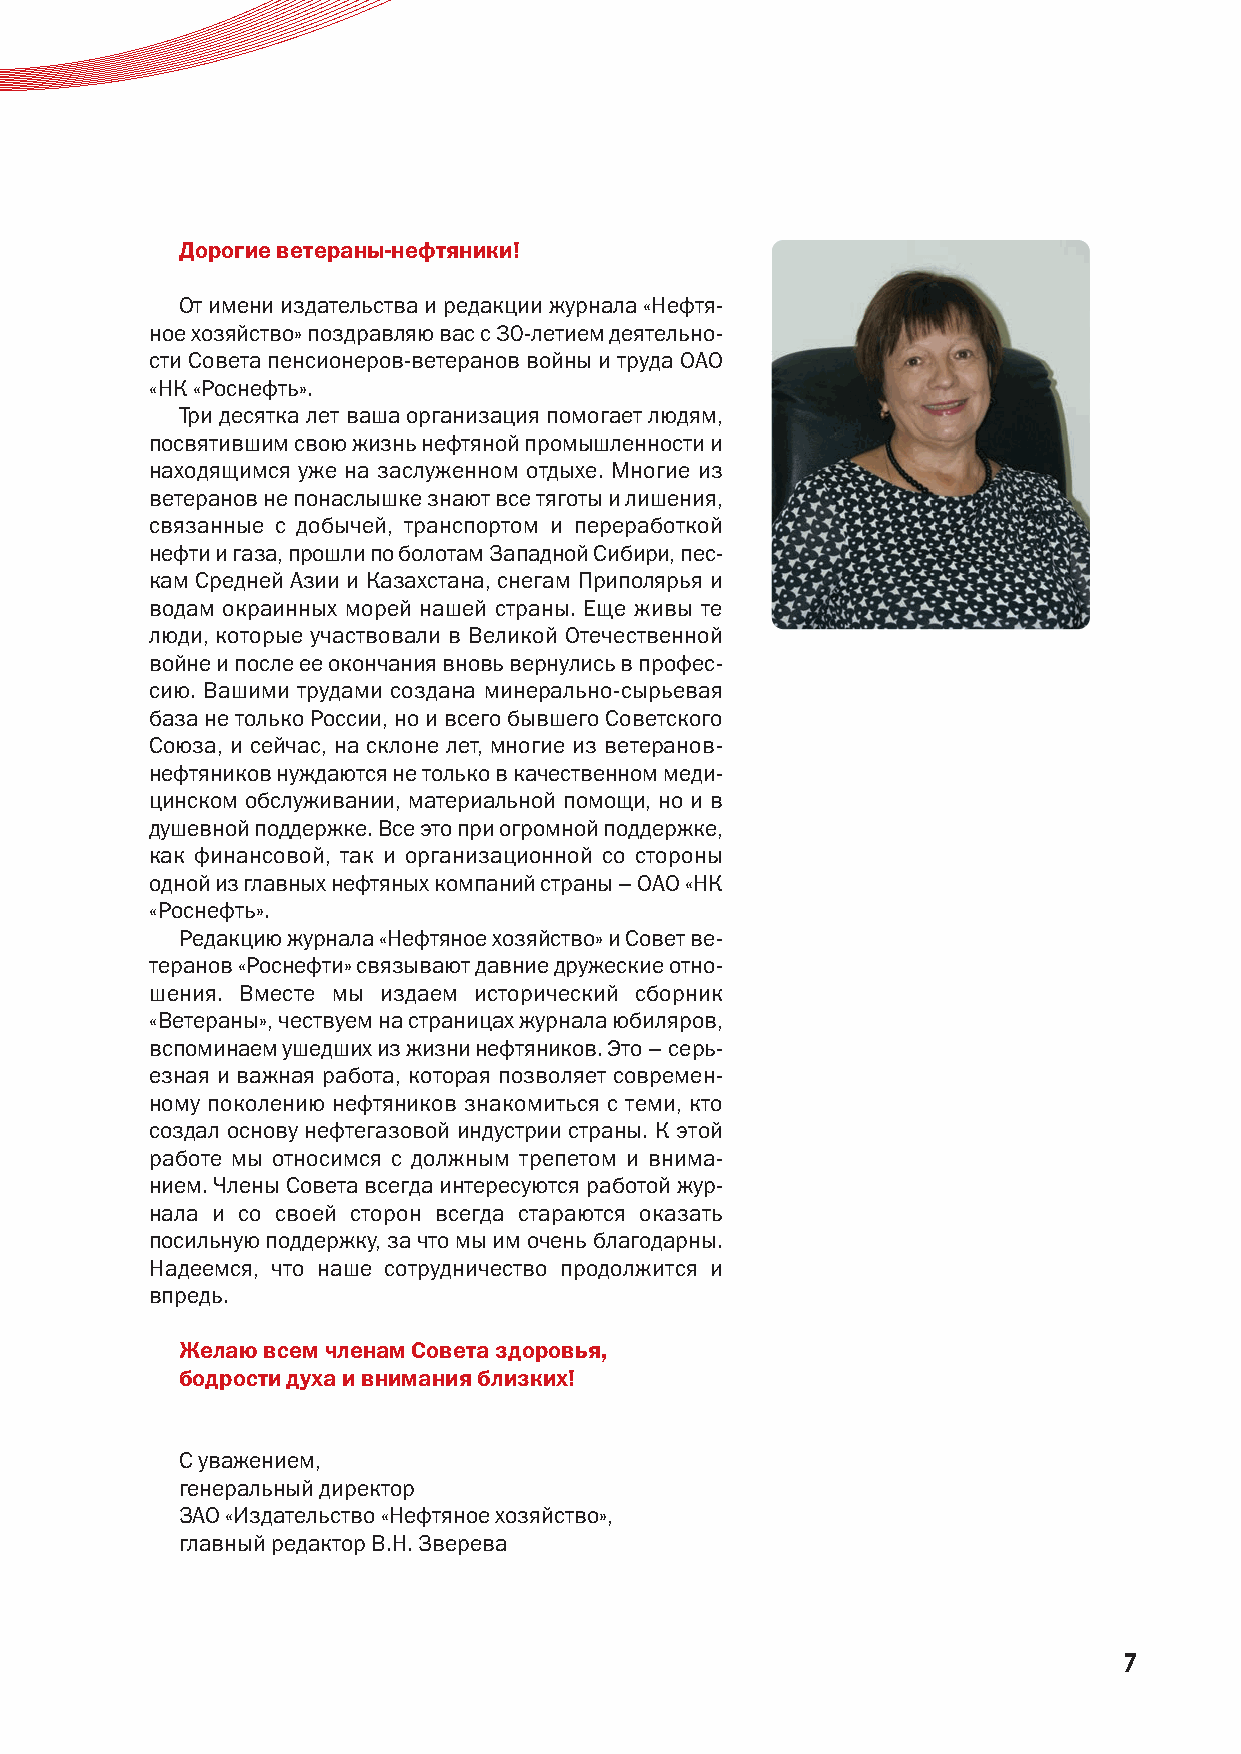
Дорогие ветераны-нефтяники!
 От имени издательства и редакции журнала «Нефтя-
 ное хозяйство» поздравляю вас с 30-летием деятельно-
 сти Совета пенсионеров-ветеранов войны и труда ОАО
 «НК «Роснефть».
 Три десятка лет ваша организация помогает людям,
 посвятившим свою жизнь нефтяной промышленности и
 находящимся уже на заслуженном отдыхе. Многие из
 ветеранов не понаслышке знают все тяготы и лишения,
 связанные с добычей, транспортом и переработкой
 нефти и газа, прошли по болотам Западной Сибири, пес-
 кам Средней Азии и Казахстана, снегам Приполярья и
 водам окраинных морей нашей страны. Еще живы те
 люди, которые участвовали в Великой Отечественной
 войне и после ее окончания вновь вернулись в профес-
 сию. Вашими трудами создана минерально-сырьевая
 база не только России, но и всего бывшего Советского
 Союза, и сейчас, на склоне лет, многие из ветеранов-
 нефтяников нуждаются не только в качественном меди-
 цинском обслуживании, материальной помощи, но и в
 душевной поддержке. Все это при огромной поддержке,
 как финансовой, так и организационной со стороны
 одной из главных нефтяных компаний страны – ОАО «НК
 «Роснефть».
 Редакцию журнала «Нефтяное хозяйство» и Совет ве-
 теранов «Роснефти» связывают давние дружеские отно-
 шения. Вместе мы издаем исторический сборник
 «Ветераны», чествуем на страницах журнала юбиляров,
 вспоминаем ушедших из жизни нефтяников. Это – серь-
 езная и важная работа, которая позволяет современ-
 ному поколению нефтяников знакомиться с теми, кто
 создал основу нефтегазовой индустрии страны. К этой
 работе мы относимся с должным трепетом и внима-
 нием. Члены Совета всегда интересуются работой жур-
 нала и со своей сторон всегда стараются оказать
 посильную поддержку, за что мы им очень благодарны.
 Надеемся, что наше сотрудничество продолжится и
 впредь.
 Желаю всем членам Совета здоровья,
 бодрости духа и внимания близких!
 С уважением,
 генеральный директор
 ЗАО «Издательство «Нефтяное хозяйство»,
 главный редактор В.Н. Зверева
 7